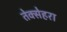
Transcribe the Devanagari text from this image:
तेक्सेहरा